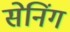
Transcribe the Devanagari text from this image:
सेनिंग